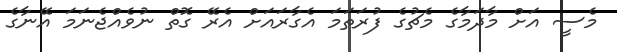
މެސީ އަށް މާދަމާގެ މެޗުގެ ފުރަތަމަ އެގާރައަށް އެރޭ ގޮތް ނުވެއްޖެނަމަ އޭނާގެ